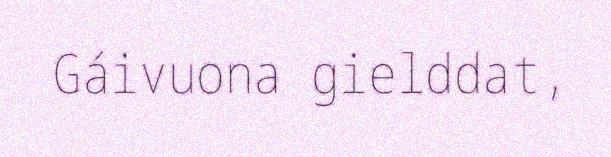
Gáivuona gielddat,